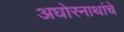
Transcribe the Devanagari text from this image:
अघोरनाथांचे